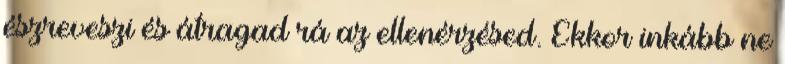
észreveszi és átragad rá az ellenérzésed. Ekkor inkább ne